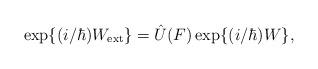
LaTeX: \begin{align*}{\rm exp}\{ (i/ \hbar) W_{\rm ext} \} = \hat{U}(F) \,{\rm exp}\{ (i/ \hbar) W \},\end{align*}